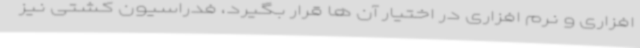
افزاری و نرم افزاری در اختیار آن ها قرار بگیرد، فدراسیون کشتی نیز